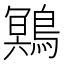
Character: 𲍤